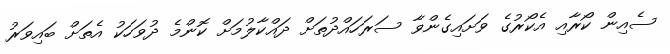
ސެއިން ކޯރާއި އެކޯރުގެ ވަށައިގެންވާ ސަރަހައްދުތަށް ދައްކާލުމަށް ކޮންމެ ދުވަހަކު އެތަށް ބައިވަރު